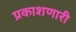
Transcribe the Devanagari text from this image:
प्रकाशणारी